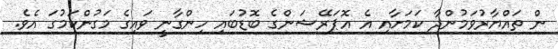
ން ތައްޔާރުވަމުންދާ ކަމަށާއި އެ އޮޕަރޭޝަންގެ ބޮޑުބައި ހިންގާނީ ވައިގެ މަގުންކަމުގަ އެވެ.